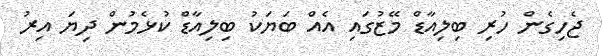
ޖެހިގެން ހުރި ބިލިއާޑް މޭޒުގައި އެއް ބަޔަކު ބިލިއާޑް ކުޅެމުން ދިޔަ އިރު